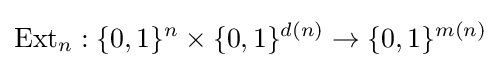
{\text{Ext}}_{n}:\{0,1\}^{n}\times \{0,1\}^{d(n)}\rightarrow \{0,1\}^{m(n)}